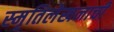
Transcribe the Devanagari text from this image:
स्मृतिलेखनाची